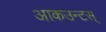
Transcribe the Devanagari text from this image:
आकउन्टस्